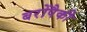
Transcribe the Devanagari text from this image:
बरोंपैकी